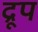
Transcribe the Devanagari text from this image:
द्रूप